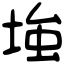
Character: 𡌺